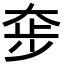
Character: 𡘧